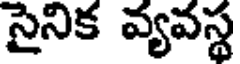
సైనిక వ్యవస్థ